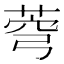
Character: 𦲄